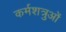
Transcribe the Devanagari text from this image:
कर्मशत्रुओं